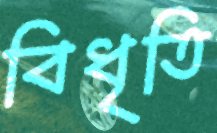
বিধৃতি